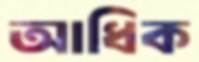
আধিক